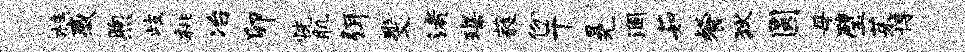
柱感煦歧桃冶卯恍肌弭斐渚琛蕤份干冕涸茹餐狄圆母璧茱博